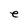
Character: e